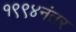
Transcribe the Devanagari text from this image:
१९९४नंतर